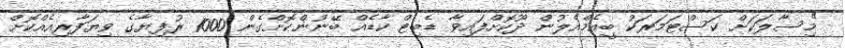
"މިސާލަކަށް ކަސްޓަމަރަކު ބީއެމްއެލުން ދޫކޮށްފައިވާ ޑެބިޓް ކާޑެއް ބޭނުންކޮށްގެން 1000 ރުފިޔާގެ ވިޔަފާރިއެއްކޮށް